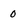
Character: 0